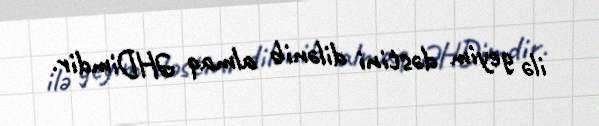
ilə geyim dəstini dilənib almaq ƏHDimdir.